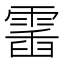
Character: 𩃹